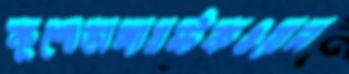
কুশোডাঙ্গায়স্টকওয়েল